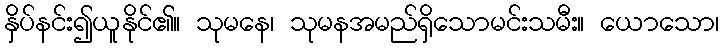
နှိပ်နင်း၍ယူနိုင်၏။ သုမနေ၊ သုမနအမည်ရှိသောမင်းသမီး။ ယောသော၊